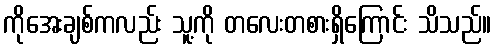
ကိုအေးချစ်ကလည်း သူ့ကို တလေးတစားရှိကြောင်း သိသည်။